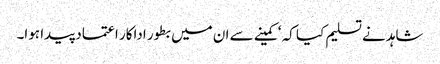
شاہد نے تسلیم کیا کہ ‘کمینے سے ان میں بطور اداکار اعتماد پیدا ہوا۔